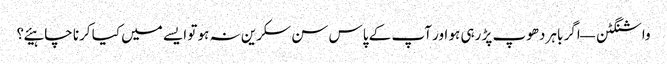
واشنگٹن — اگر باہر دھوپ پڑ رہی ہو اور آپ کے پاس سن سکرین نہ ہو تو ایسے میں کیا کرنا چاہیئے؟